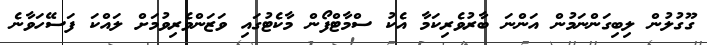
ގޫގުލުން ލިބިގަންނަމުން އަންނަ ބާރުވެރިކަމާ އެކު ސްމާޓްފޯން މާކެޓުގައި ވަޒަންވެރިވުމަށް ލައްކަ ފަސޭހަވާނެ